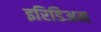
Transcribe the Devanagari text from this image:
इरिडिअम